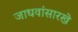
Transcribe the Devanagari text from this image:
जाधवांसारखे